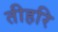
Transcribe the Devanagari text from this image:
तीहरि